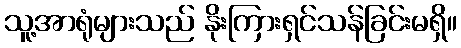
သူ့အာရုံများသည် နိုးကြားရှင်သန်ခြင်းမရှိ။